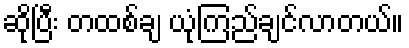
ဆိုပြီး တထစ်ချ ယုံကြည်ချင်လာတယ်။